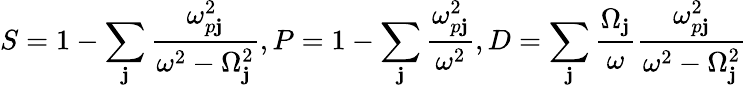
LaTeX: S=1-\sum_{\mathbf{j}}\frac{{\omega_{p\mathbf{j}}^{2}}}{{\omega^{2}-\Omega_{\mathbf{j}}^{2}}},P=1-\sum_{\mathbf{j}}\frac{{\omega_{p\mathbf{j}}^{2}}}{{\omega^{2}}},D=\sum_{\mathbf{j}}\frac{{\Omega_{\mathbf{j}}}}{{\omega}}\frac{{\omega_{p\mathbf{j}}^{2}}}{{\omega^{2}-\Omega_{\mathbf{j}}^{2}}}